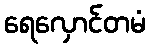
ရေလှောင်တမံ